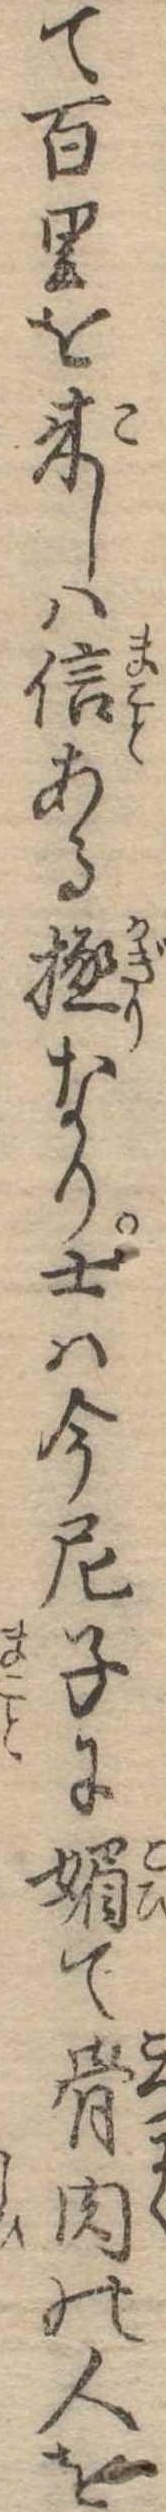
て百里と来しは信ある極なり士は今尼子に媚て骨肉の人を